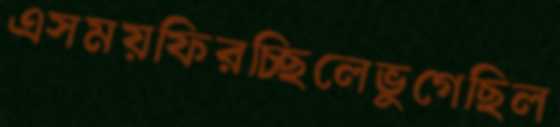
এসময়ফিরচ্ছিলেভুগেছিল